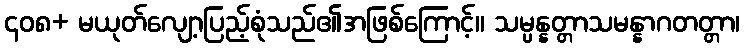
၄၀၈+ မယုတ်လျော့ပြည့်စုံသည်၏အဖြစ်ကြောင့်။ သမ္ပန္နတ္တာသမန္နာဂတတ္တာ၊